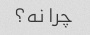
چرا نه؟